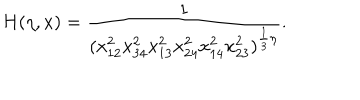
LaTeX: H ( \eta , x ) = \frac { 1 } { ( x _ { 1 2 } ^ { 2 } x _ { 3 4 } ^ { 2 } x _ { 1 3 } ^ { 2 } x _ { 2 4 } ^ { 2 } x _ { 1 4 } ^ { 2 } x _ { 2 3 } ^ { 2 } ) ^ { \frac { 1 } { 3 } \eta } } .